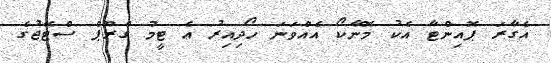
އެގާރަ ޕޮއިންޓާ އެކު މޮނާކޯ އެއްވަނަ ހޯދިއިރު އެ ޓީމު ގްރޫޕް ސްޓޭޖުގެ